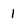
Character: 1